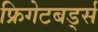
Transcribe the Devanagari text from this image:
फ्रिगेटबर्ड्स